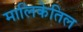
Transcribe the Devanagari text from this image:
मालिकेतिल